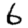
Digit: 6